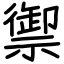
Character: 禦